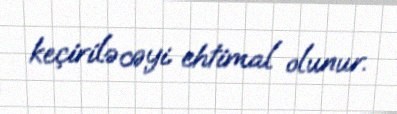
keçiriləcəyi ehtimal olunur.